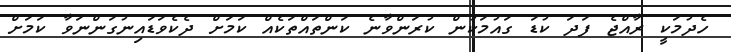
ހެދުމަކީ ރާއްޖެ ފަދަ ކުޑަ ގައުމަކުން ކުރަންވާނެ ކަންތައްތަކެއް ކަމަށް ދެކެވަޑައިނުގަންނަވާ ކަމަށް